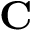
\mathbf { C }